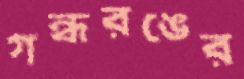
গন্ধরঙের